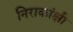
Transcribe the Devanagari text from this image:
निराकांक्षी